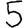
Digit: 5